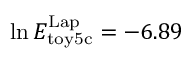
\ln E _ { \mathrm { t o y 5 c } } ^ { \mathrm { L a p } } = - 6 . 8 9